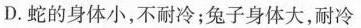
D.蛇的身体小，不耐冷；兔子身体大，耐冷